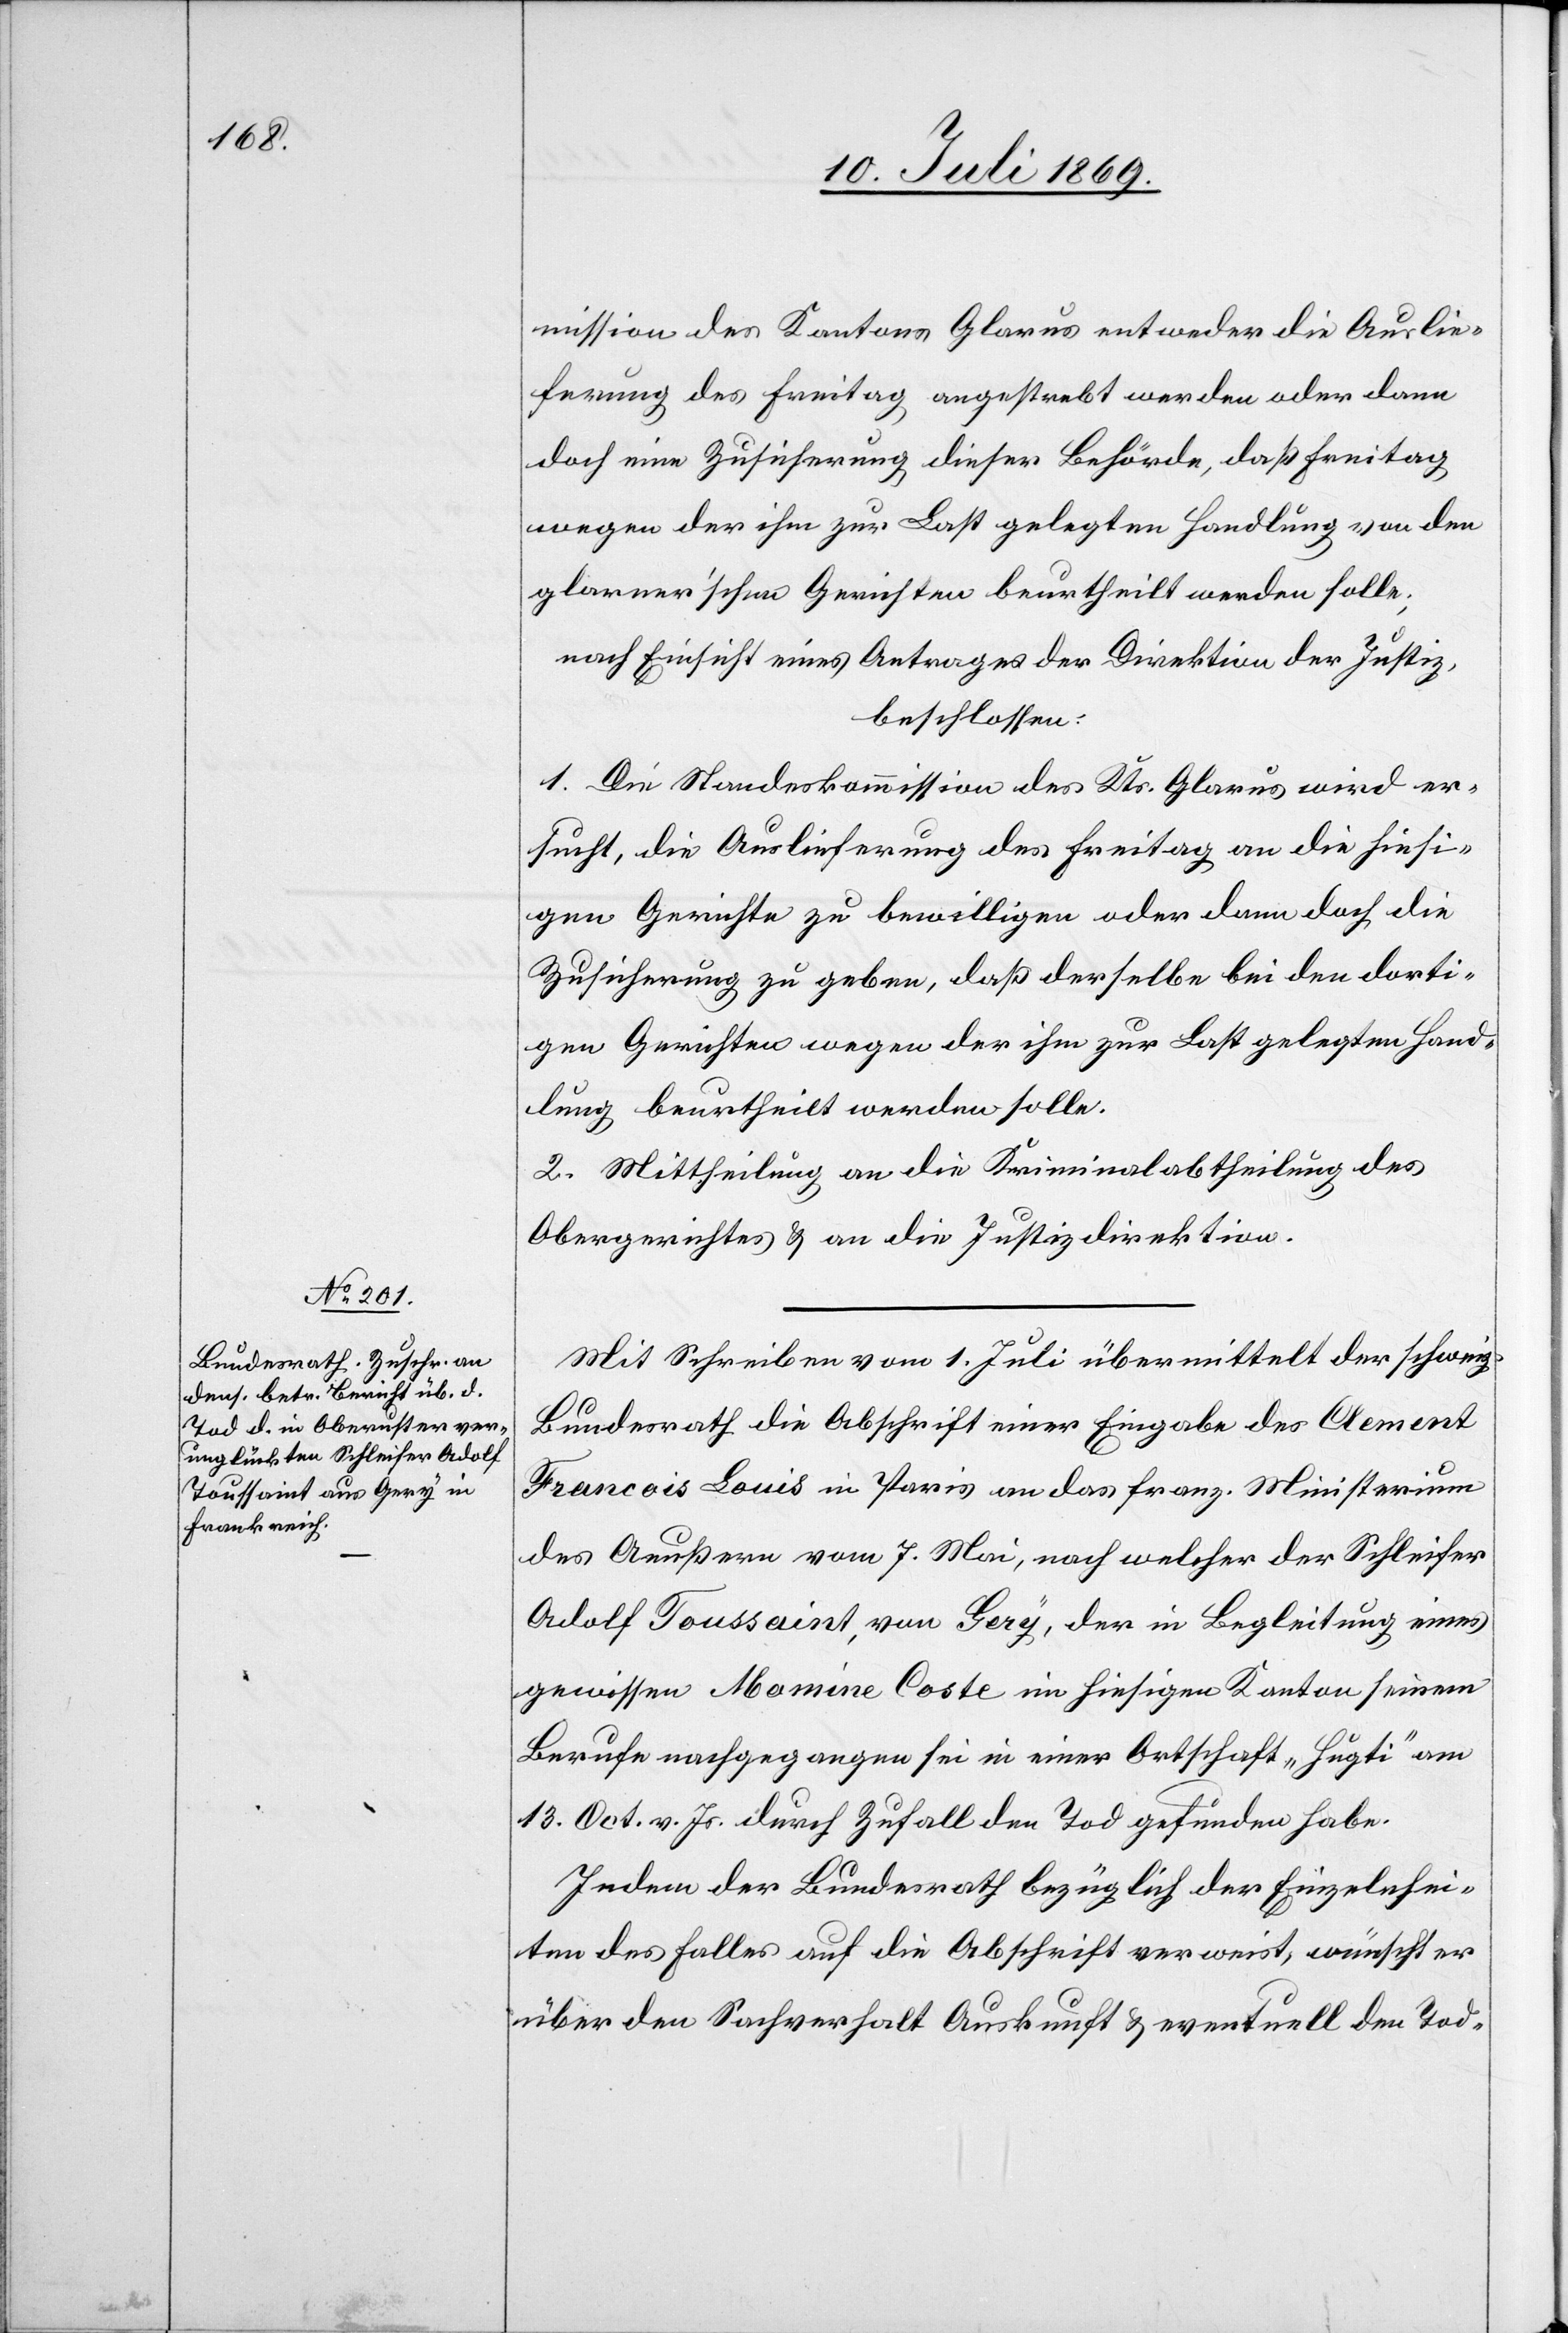
mission des Kantons Glarus entweder die Auslie¬
ferung des Freitag angestrebt werden oder dann
doch eine Zusicherung dieser Behörde, daß Freitag
wegen der ihm zur Last gelegten Handlung von den
glarnerischen Gerichten beurtheilt werden solle;
nach Einsicht eines Antrages der Direktion der Justiz,
beschlossen:
1. Die Standeskommission des Kts. Glarus wird er¬
sucht, die Auslieferung des Freitag an die hiesi¬
gen Gerichte zu bewilligen oder dann doch die
Zusicherung zu geben, daß derselbe bei den dorti¬
gen Gerichten wegen der ihm zur Last gelegten Hand¬
lung beurtheilt werden solle.
2. Mittheilung an die Kriminalabtheilung des
Obergerichtes u. an die Justizdirektion.
Mit Schreiben vom 1 Juli übermittelt der schweiz.
Bundesrath die Abschrift einer Eingabe des Clement
Francois Louis in Paris an das franz. Ministerium
des Aeußern vom 7 Mai, nach welcher der Schleifer
Adolf Toussaint, von Gery, der in Begleitung eines
gewissen Abomine Coste im hiesigen Kanton seinem
Berufe nachgegangen sei in einer Ortschaft „Hugti“ am
13 Oct. v. Js. durch Zufall den Tod gefunden habe.
Indem der Bundesrath bezüglich der Einzelnhei¬
ten des Falles auf die Abschrift verweist, wünscht er
über den Sachverhalt Auskunft u. eventuell den Tod-